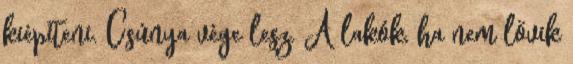
kiépíteni. Csúnya vége lesz. A lakók, ha nem lövik